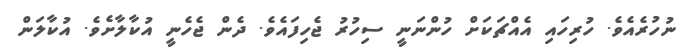
ނުހުރެއެވެ. ހުރިހައި އެއްޗަކަށް ހުންނަނީ ސިހުރު ޖެހިފައެވެ. ދެން ޖެހެނީ އުކާލާށެވެ. އުކާލަން